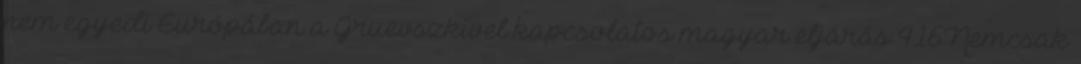
nem egyedi Európában a Gruevszkivel kapcsolatos magyar eljárás 416Nemcsak